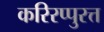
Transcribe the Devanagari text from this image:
करिरप्पुरत्त